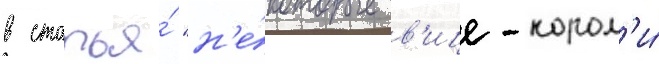
в статья́ "н'е́которые в'ице-корол'и́